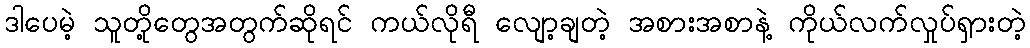
ဒါပေမဲ့ သူတို့တွေအတွက်ဆိုရင် ကယ်လိုရီ လျော့ချတဲ့ အစားအစာနဲ့ ကိုယ်လက်လှုပ်ရှားတဲ့